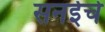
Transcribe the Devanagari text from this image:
सनईचे